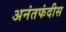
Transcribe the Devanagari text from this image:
अनंतफंदीस